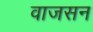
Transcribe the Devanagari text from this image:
वाजसन